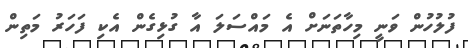
ފުލުހުން ވަނީ މިހާތަނަށް އެ މައްސަލަ އާ ގުޅިގެން އެކި ފަހަރު މަތިން